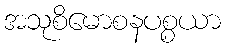
အသုစိမောစနပစ္စယာ